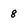
Character: 8